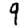
Digit: 9